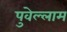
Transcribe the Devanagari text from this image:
पुवेल्लाम